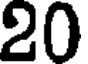
20